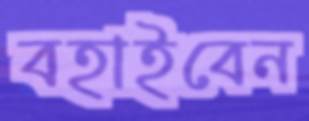
বহাইবেন